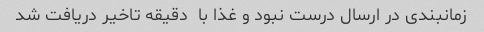
زمانبندی در ارسال درست نبود و غذا با  دقیقه تاخیر دریافت شد